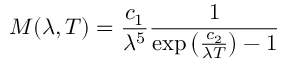
M ( \lambda , T ) = { \frac { c _ { 1 } } { \lambda ^ { 5 } } } { \frac { 1 } { \exp \left( { \frac { c _ { 2 } } { \lambda T } } \right) - 1 } }